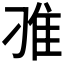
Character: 𨾆